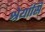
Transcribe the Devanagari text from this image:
श्रेयांसि